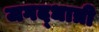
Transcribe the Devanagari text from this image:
जगद्‌धात्री